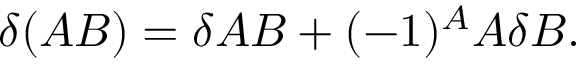
\delta ( A B ) = \delta A B + ( - 1 ) ^ { A } A \delta B .